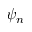
\psi _ { n }